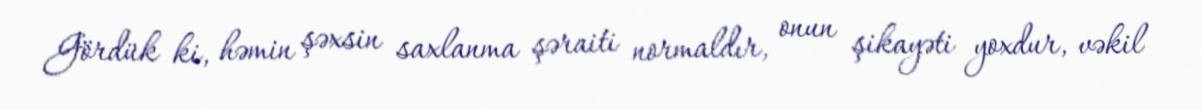
Gördük ki, həmin şəxsin saxlanma şəraiti normaldır, onun şikayəti yoxdur, vəkil